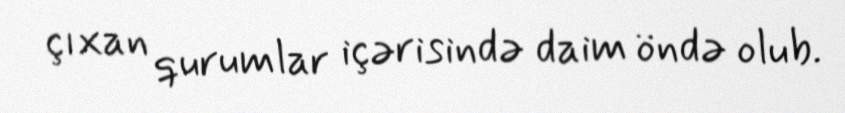
çıxan qurumlar içərisində daim öndə olub.